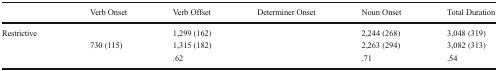
<table><thead><tr><td>[EMPTY_CELL]</td><td><b>Verb Onset</b></td><td><b>Verb Offset</b></td><td><b>Determiner Onset</b></td><td><b>Noun Onset</b></td><td><b>Total Duration</b></td></tr></thead><tbody><tr><td>Restrictive</td><td>[EMPTY_CELL]</td><td>1,299 (162)</td><td>[EMPTY_CELL]</td><td>2,244 (268)</td><td>3,048 (319)</td></tr><tr><td>[EMPTY_CELL]</td><td>730 (115)</td><td>1,315 (182)</td><td>[EMPTY_CELL]</td><td>2,263 (294)</td><td>3,082 (313)</td></tr><tr><td>[EMPTY_CELL]</td><td>[EMPTY_CELL]</td><td>.62</td><td>[EMPTY_CELL]</td><td>.71</td><td>.54</td></tr></tbody></table>